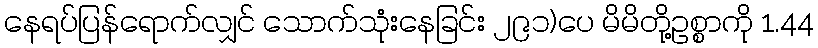
နေရပ်ပြန်ရောက်လျှင် သောက်သုံးနေခြင်း ၂၉၁)ပေ မိမိတို့ဥစ္စာကို 1.44